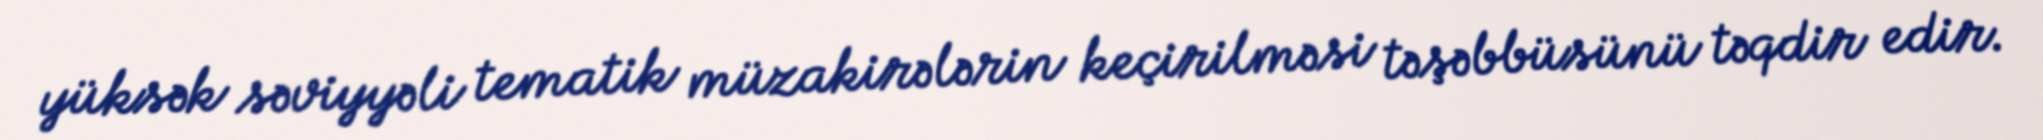
yüksək səviyyəli tematik müzakirələrin keçirilməsi təşəbbüsünü təqdir edir.